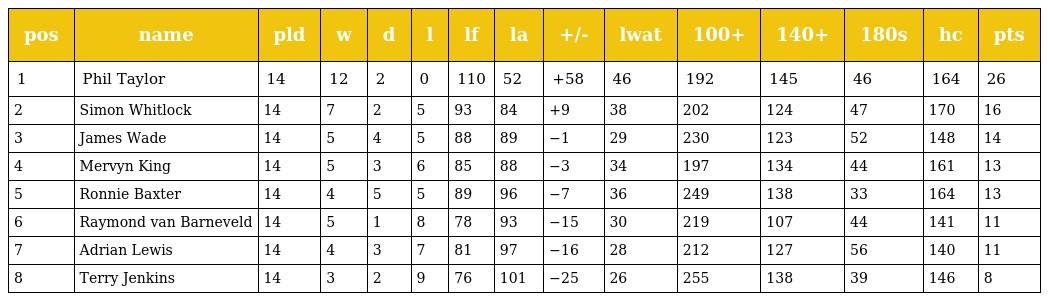
| pos | name | pld | w | d | l | lf | la | +/- | lwat | 100+ | 140+ | 180s | hc | pts |
 | --- | --- | --- | --- | --- | --- | --- | --- | --- | --- | --- | --- | --- | --- | --- |
 | 1 | Phil Taylor | 14 | 12 | 2 | 0 | 110 | 52 | +58 | 46 | 192 | 145 | 46 | 164 | 26 |
 | 2 | Simon Whitlock | 14 | 7 | 2 | 5 | 93 | 84 | +9 | 38 | 202 | 124 | 47 | 170 | 16 |
 | 3 | James Wade | 14 | 5 | 4 | 5 | 88 | 89 | −1 | 29 | 230 | 123 | 52 | 148 | 14 |
 | 4 | Mervyn King | 14 | 5 | 3 | 6 | 85 | 88 | −3 | 34 | 197 | 134 | 44 | 161 | 13 |
 | 5 | Ronnie Baxter | 14 | 4 | 5 | 5 | 89 | 96 | −7 | 36 | 249 | 138 | 33 | 164 | 13 |
 | 6 | Raymond van Barneveld | 14 | 5 | 1 | 8 | 78 | 93 | −15 | 30 | 219 | 107 | 44 | 141 | 11 |
 | 7 | Adrian Lewis | 14 | 4 | 3 | 7 | 81 | 97 | −16 | 28 | 212 | 127 | 56 | 140 | 11 |
 | 8 | Terry Jenkins | 14 | 3 | 2 | 9 | 76 | 101 | −25 | 26 | 255 | 138 | 39 | 146 | 8 |